Indian journal of veterinary science and animal husbandry - Volume 5,
Year: 1935
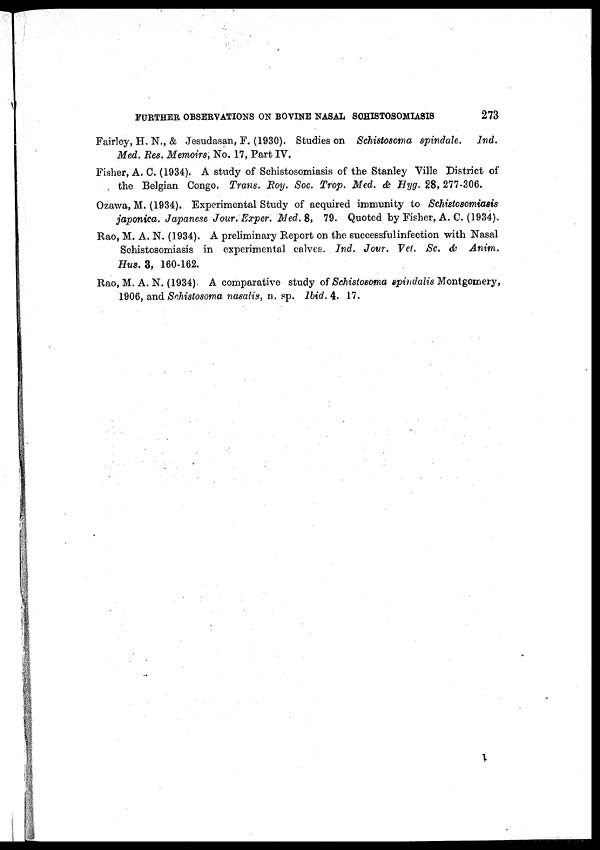
FURTHER OBSERVATIONS ON BOVINE NASAL SCHISTOSOMIASIS
273
Fairley, H. N., & Jesudasan, F. (1930). Studies on Schistosoma spindale.
Ind.
Med. Res. Memoirs, No. 17, Part IV.
Fisher, A. C. (1934). A study of Schistosomiasis of the Stanley Ville District of
the Belgian Congo. Trans. Roy. Soc. Trop. Med. & Hyg. 28, 277-306.
Ozawa, M. (1934). Experimental Study of acquired immunity to Schistosomiasis
japonica. Japanese Jour.Exper. Med. 8, 79. Quoted by Fisher, A. C. (1934).
Rao, M. A. N. (1934). A preliminary Report on the successful infection with Nasal
Schistosomiasis in experimental calves. Ind. Jour. Vet. Sc. & Anim.
Hus. 3, 160-162.
Rao, M. A. N. (1934) A comparative study of Schistosoma spindalis Montgomery,
1906, and Schistosoma nasalis, n. sp. Ibid. 4. 17.
I